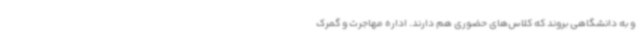
و به دانشگاهی بروند که کلاس‌های حضوری هم دارند. اداره مهاجرت و گمرک